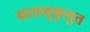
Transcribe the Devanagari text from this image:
वातानुकुलुत